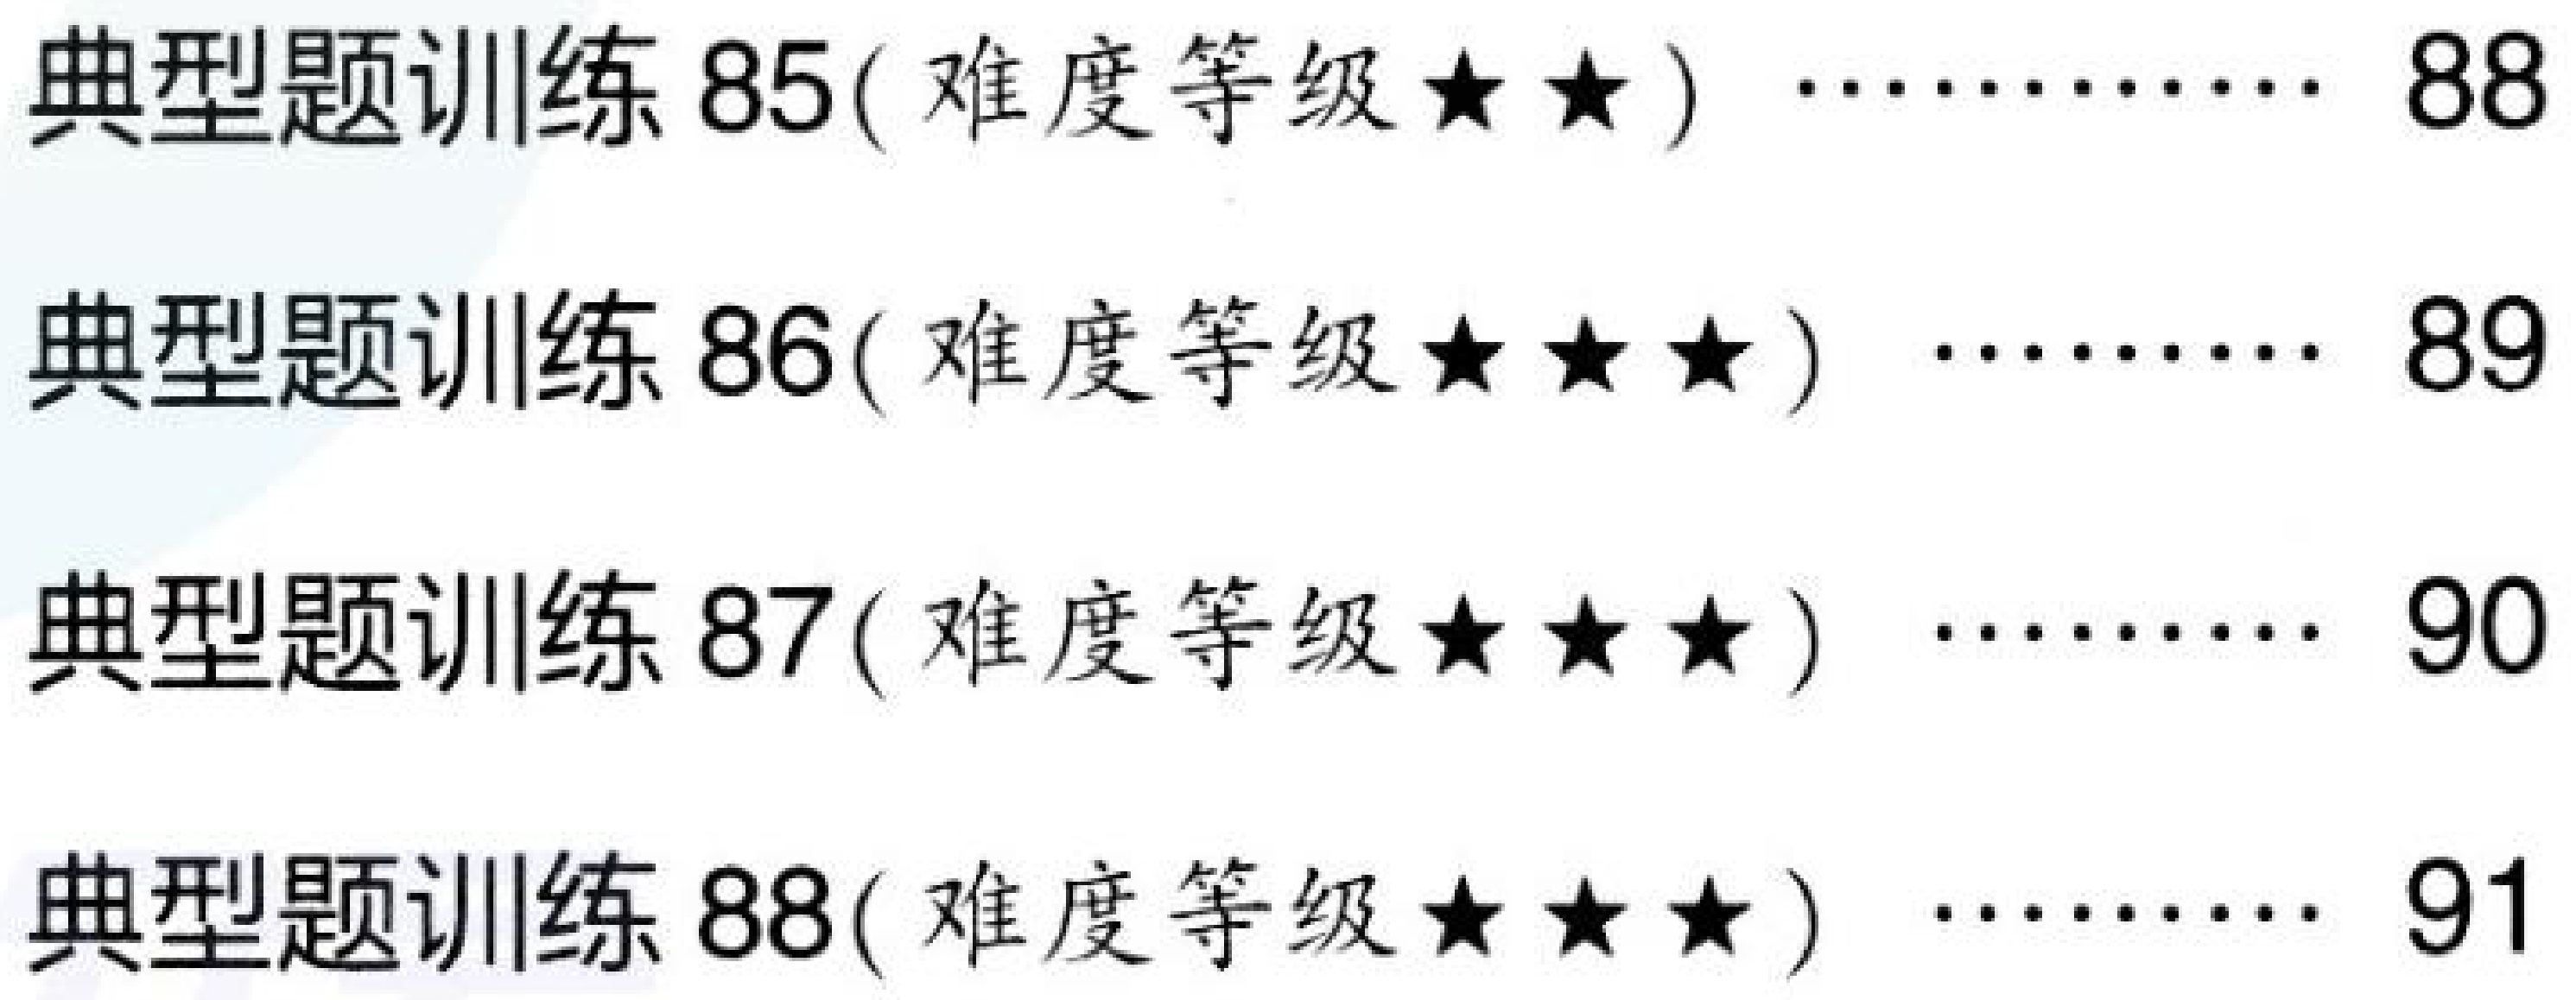
典型题训练 85(难度等级$\star\star$) ………… 88
典型题训练 86(难度等级$\star\star\star$) ……… 89
典型题训练 87(难度等级$\star\star\star$) ……… 90
典型题训练 88(难度等级$\star\star\star$) ……… 91